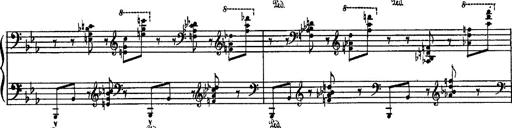
Title: Fantaisie sur des motifs favoris de l'opÃ©ra 'La sonnambula'
Composer: Franz Liszt